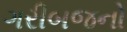
ગરીબજનો